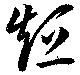
短